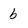
Character: b